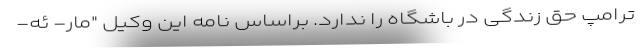
ترامپ حق زندگی در باشگاه را ندارد. براساس نامه این وکیل "مار- ئه-